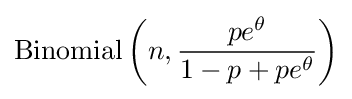
\mathrm {Binomial} \left(n,{\frac {pe^{\theta }}{1-p+pe^{\theta }}}\right)